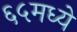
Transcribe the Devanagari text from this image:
६५मध्ये